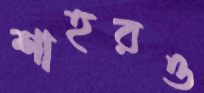
শাহরও